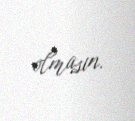
olmasın.